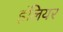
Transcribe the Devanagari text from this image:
इंलियर